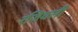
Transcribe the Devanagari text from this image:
रजिवली